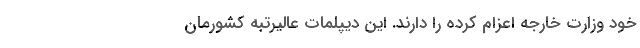
خود وزارت خارجه اعزام کرده را دارند. این دیپلمات عالیرتبه کشورمان